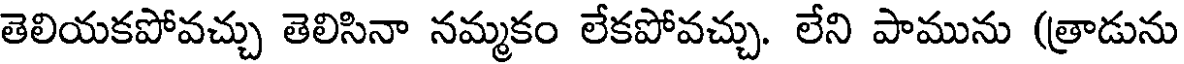
తెలియకపోవచ్చు తెలిసినా నమ్మకం లేకపోవచ్చు. లేని పామును (త్రాడును